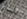
رويدك